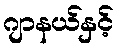
ဂျာနယ်နှင့်